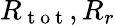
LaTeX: R_{\mathrm{~t~o~t~}},R_{r}